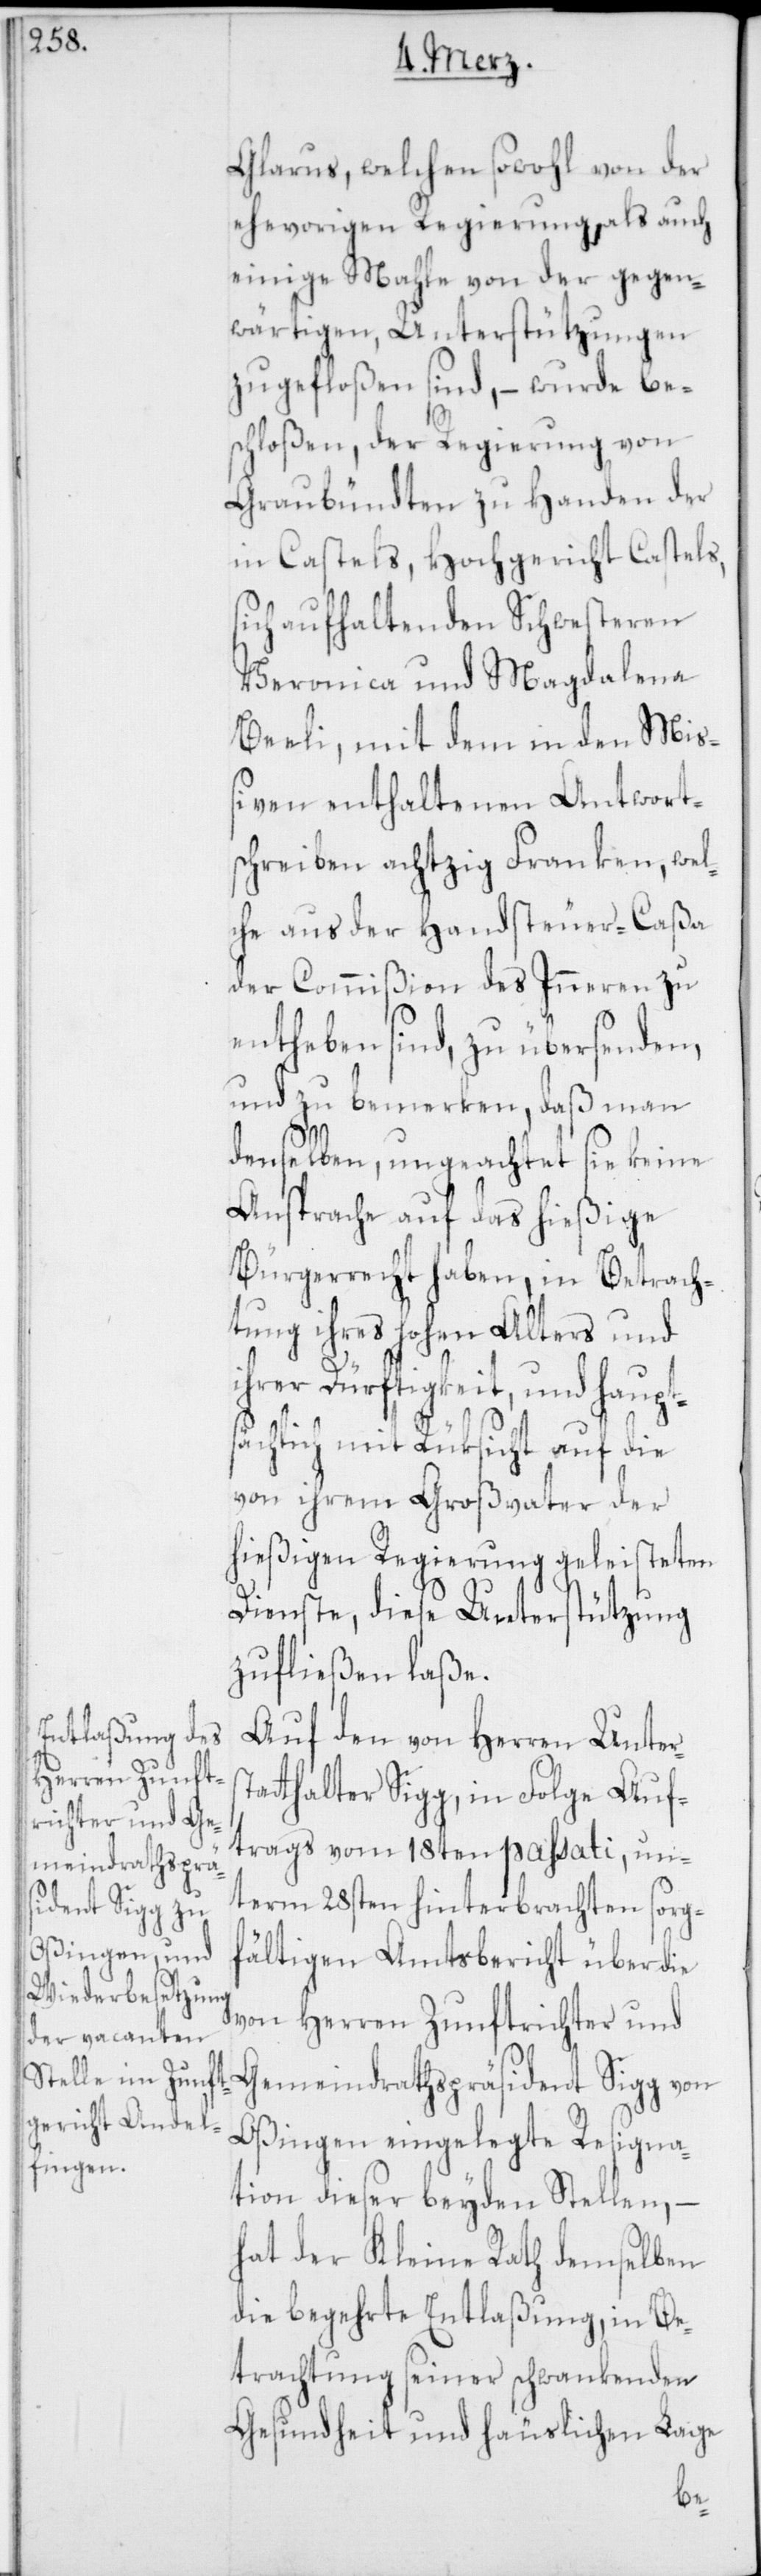
Glarus, welchen sowohl von der
ehevorigen Regierung, als auch
einige Mahle von der gegen¬
wärtigen, Unterstützungen
zugefloßen sind, – wurde be¬
schloßen, der Regierung von
Graubündten zu Handen der
in Castels, Hochgericht Castels,
sich aufhaltenden Schwesteren
Veronica und Magdalena
Beeli, mit dem in den Mi¬
ßiven enthaltenen Antwort¬
schreiben achtzig Franken, wel¬
che aus der Handsteuer-Caßa
der Commißion des Inneren zu
entheben sind, zu übersenden,
und zu bemerken, daß man
denselben, ungeachtet sie keine
Ansprache auf das hießige
Bürgerrecht haben, in Betrach¬
tung ihres hohen Alters und
ihrer Dürftigkeit, und haupts¬
ächlich mit Rüksicht auf die
von ihrem Großvater der
hießigen Regierung geleisteten
Dienste, diese Unterstützung
zufließen laße.
Auf den von Herren Unters¬
atthalter Sigg, in Folge Auf¬
trags vom 18ten passati, un¬
term 28sten hinterbrachten sorgf¬
ältigen Amtsbericht über die
von Herren Zunftrichter und
Gemeindraths-Präsident Sigg von
Oßingen eingelegte Resigna¬
tion dieser beyden Stellen, –
hat der Kleine Rath demselben
die begehrte Entlaßung, in Be¬
trachtung seiner schwankenden
Gesundheit und häuslichen Lage
t¬